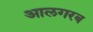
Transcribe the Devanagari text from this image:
आलगरब